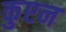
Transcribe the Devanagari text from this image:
कुएन